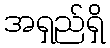
အရှည်ရှိ